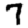
Digit: 7